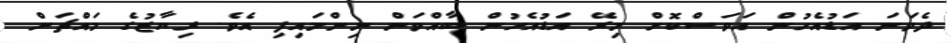
ދެވަނަ އަޑުއެހުން އަވަސްކޮށް މިރޭ އަޑުއެހުން ބާއްވަން ނިންމައިފި އެވެ. ރިޔާޒުގެ މައްޗަށް